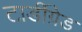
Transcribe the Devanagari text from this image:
टार्डीग्रेड